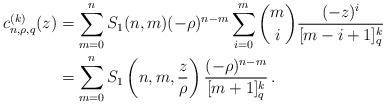
\begin{align*} c_{n,\rho,q}^{(k)}(z)&=\sum_{m=0}^n S_1(n,m)(-\rho)^{n-m}\sum_{i=0}^m\binom{m}{i}\frac{(-z)^i}{[m-i+1]_q^k}\\&=\sum_{m=0}^n S_1\left(n,m,\frac{z}{\rho}\right)\frac{(-\rho)^{n-m}}{[m+1]_q^k}\,. \end{align*}